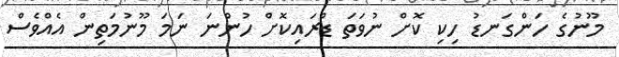
މޫނުގެ ހަންގަނޑު ހިކި ކޮށް ނުވަތަ ޑްރައިކޮށް ހުންނަ ނަމަ މޫނުމަތިން އެއްވެސް